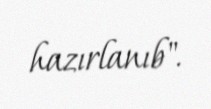
hazırlanıb".